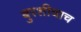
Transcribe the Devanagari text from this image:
बुरशीचाच